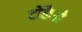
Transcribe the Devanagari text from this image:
टोकैडो